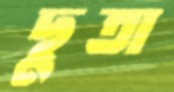
ছুতা